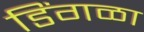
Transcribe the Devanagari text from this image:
डिंगळा